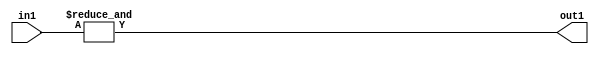
`timescale 1ps / 1ps
/*****************************************************************************
    Verilog RTL Description
    
    
    Created by: Stratus DpOpt 2019.1.01 
*******************************************************************************/

module in_buff_Eqi7u3_4_1 (
	in1,
	out1
	); /* architecture "behavioural" */ 
input [2:0] in1;
output  out1;
wire  asc001;

assign asc001 = 
	(&in1);

assign out1 = asc001;
endmodule

/* CADENCE  urbxQgk= : u9/ySgnWtBlWxVPRXgAZ4Og= ** DO NOT EDIT THIS LINE ******/